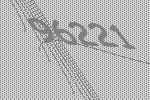
96221